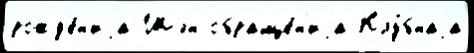
рожд'е́н'иjа Шэн обраще́н'иjа Клу́бнаjа